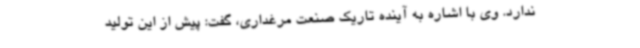
ندارد. وی با اشاره به آینده تاریک صنعت مرغداری، گفت: پیش از این تولید